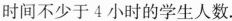
时间不少于4小时的学生人数。